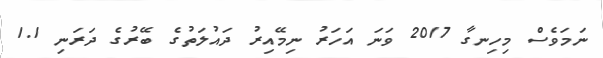
ނަމަވެސް މިހިނގާ 2017 ވަނަ އަހަރު ނިމޭއިރު ދައުލަތުގެ ބޭރުގެ ދަރަނި 1.1